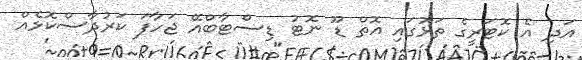
އަދި އެ ކޮޓަރީގެ ތަޅުގައި އޮތް ޑޫ ނޮޓު ޑިސްޓާބްއޭ ޖަހާފަ ކަރުދާސްކޮޅެއް